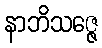
နာဘိသဇ္ဇေ